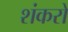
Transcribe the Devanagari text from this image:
शंकरो